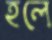
হলে